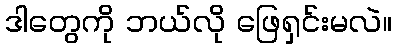
ဒါတွေကို ဘယ်လို ဖြေရှင်းမလဲ။